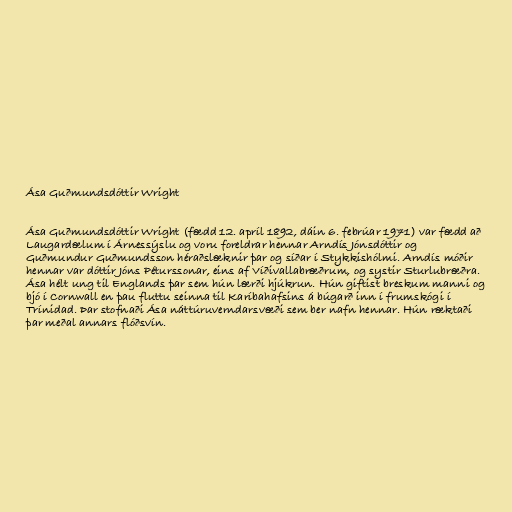
Ása Guðmundsdóttir Wright

Ása Guðmundsdóttir Wright (fædd 12. apríl 1892, dáin 6. febrúar 1971) var fædd að
Laugardælum í Árnessýslu og voru foreldrar hennar Arndís Jónsdóttir og
Guðmundur Guðmundsson héraðslæknir þar og síðar í Stykkishólmi. Arndís móðir
hennar var dóttir Jóns Péturssonar, eins af Víðivallabræðrum, og systir Sturlubræðra.
Ása hélt ung til Englands þar sem hún lærði hjúkrun. Hún giftist breskum manni og
bjó í Cornwall en þau fluttu seinna til Karíbahafsins á búgarð inn í frumskógi í
Trínidad. Þar stofnaði Ása náttúruverndarsvæði sem ber nafn hennar. Hún ræktaði
þar meðal annars flóðsvín.